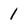
Character: 1